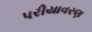
પરીયાવરણ